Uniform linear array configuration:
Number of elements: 4
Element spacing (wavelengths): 0.25
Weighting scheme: blackman
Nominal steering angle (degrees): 60
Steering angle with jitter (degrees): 60.935
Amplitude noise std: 0.05
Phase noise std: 0.05

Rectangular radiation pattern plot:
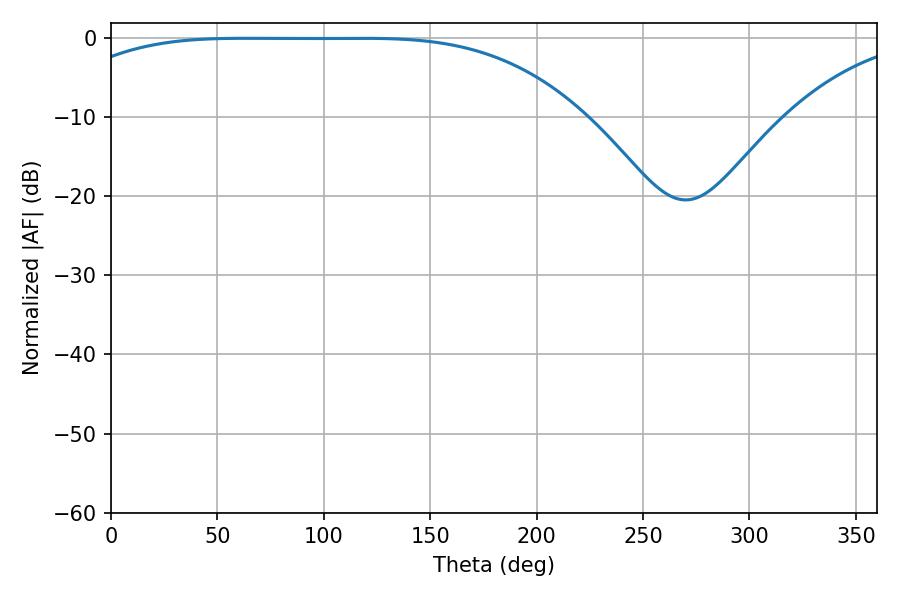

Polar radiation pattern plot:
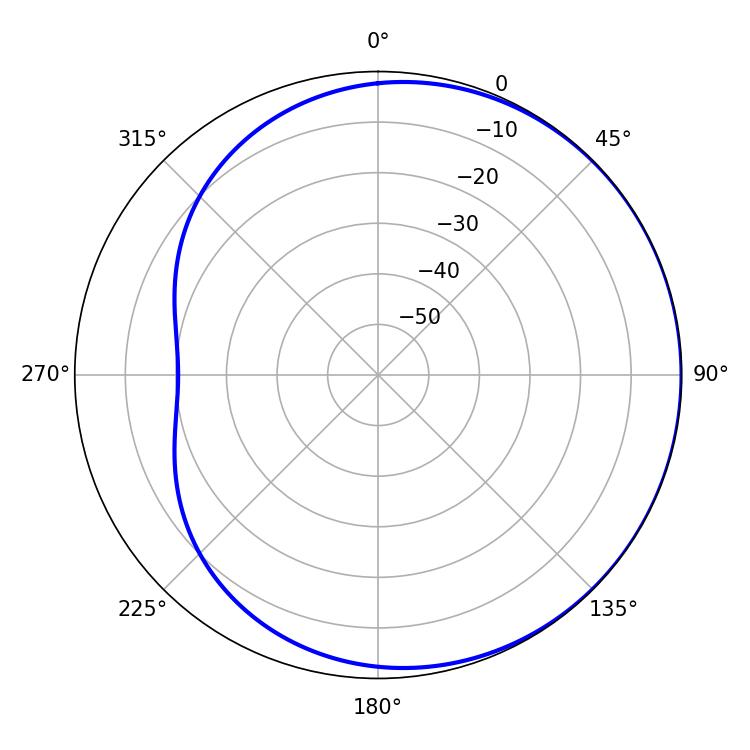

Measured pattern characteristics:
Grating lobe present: FALSE
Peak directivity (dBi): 0.5764
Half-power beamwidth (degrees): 186.3
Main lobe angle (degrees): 62.82